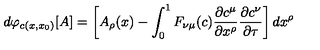
d \varphi _ { c ( x , x _ { 0 } ) } [ A ] = \left[ A _ { \rho } ( x ) - \int _ { 0 } ^ { 1 } F _ { \nu \mu } ( c ) \frac { \partial c ^ { \mu } } { \partial x ^ { \rho } } \frac { \partial c ^ { \nu } } { \partial \tau } \right] d x ^ { \rho }